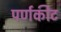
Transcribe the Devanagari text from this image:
पर्णकीट